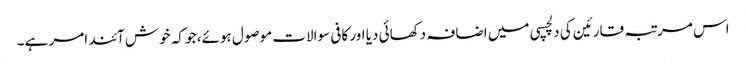
اس مرتبہ قارئین کی دلچسپی میں اضافہ دکھائی دیا اور کافی سوالات موصول ہوئے، جو کہ خوش آئند امر ہے۔